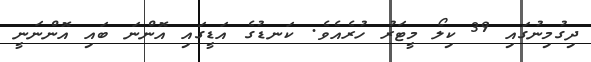
ދިގުމިނުގައި 39 ކިލޯ މީޓަރު ހުރެއެވެ. ކަނޑުގެ އަޑީގައި އޮންނަ ބައި އޮންނަނީ